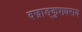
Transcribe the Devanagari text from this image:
वज्राङ्कुशधराय